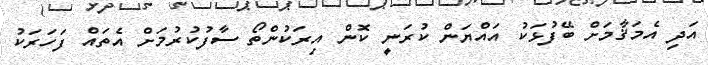
އަދި އެމަޤާމަށް ބޭފުޅަކު އައްޔަން ކުރަނީ ކޮން އިރަކުންތޯ ސާފުކުރުމަށް އެތައް ފަހަރަކު